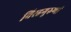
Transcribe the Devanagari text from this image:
विरहगुरुणां